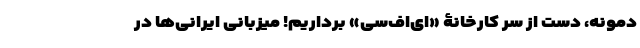
دمونه، دست از سر کارخانۀ «ای‌اف‌سی» برداریم! میزبانی ایرانی‌ها در